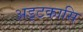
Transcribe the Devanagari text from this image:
अड्टकासि